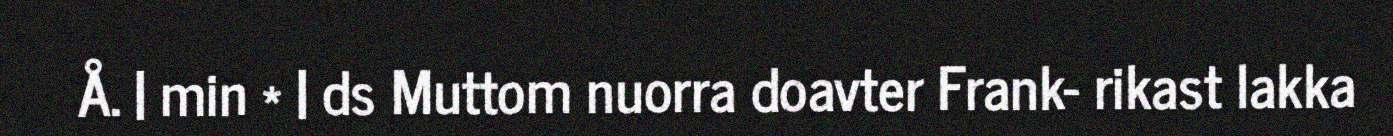
Å. | min * | ds Muttom nuorra doavter Frank- rikast lakka